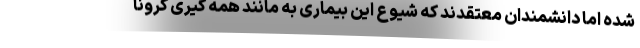
شده اما دانشمندان معتقدند که شیوع این بیماری به مانند همه گیری کرونا